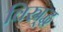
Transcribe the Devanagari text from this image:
विस्र्द्ध